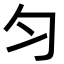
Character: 匀